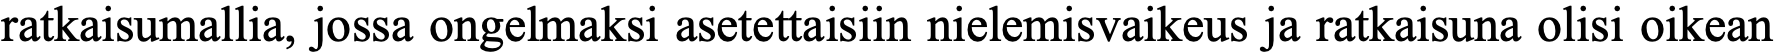
ratkaisumallia, jossa ongelmaksi asetettaisiin nielemisvaikeus ja ratkaisuna olisi oikean